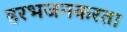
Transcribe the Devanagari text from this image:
हरभजनकरता